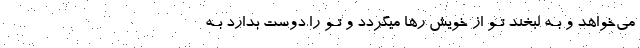
می‌خواهد و بـه لبخند تـو از خویش رها میگردد و تـو را دوست بدارد بـه